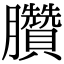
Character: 臢